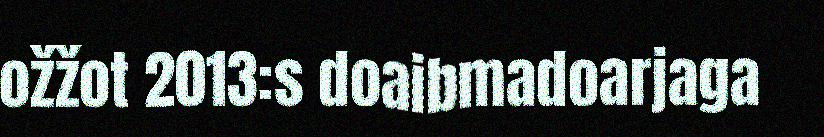
ožžot 2013:s doaibmadoarjaga